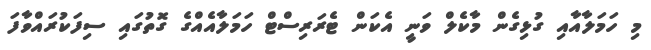
މި ހަމަލާއާއި ގުޅިގެން މާކެލް ވަނީ އެކަން ޓެރަރިސްޓް ހަމަލާއެއްގެ ގޮތުގައި ސިފަކުރައްވާފަ